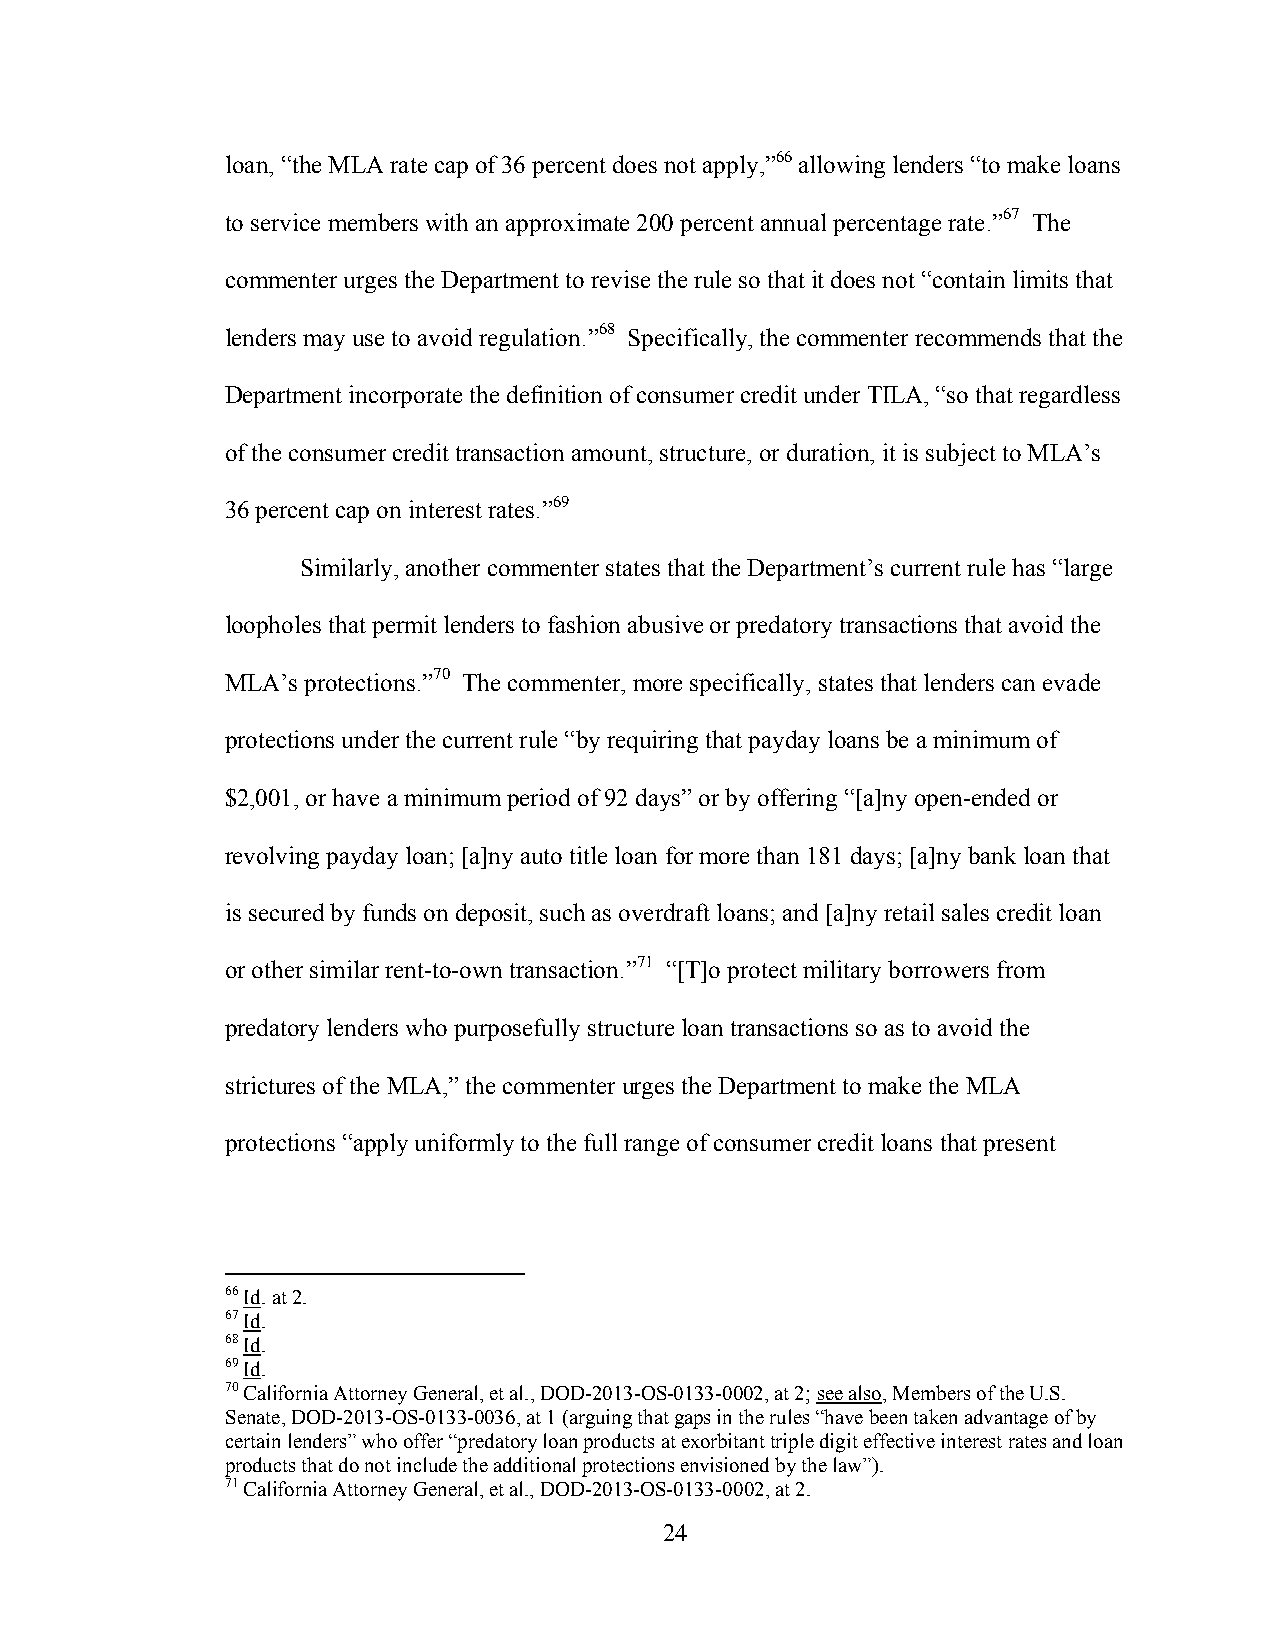
loan, “the MLA rate cap of 36 percent does not apply,”66 allowing lenders “to make loans
 to service members with an approximate 200 percent annual percentage rate.”67 The
 commenter urges the Department to revise the rule so that it does not “contain limits that
 lenders may use to avoid regulation.”68 Specifically, the commenter recommends that the
 Department incorporate the definition of consumer credit under TILA, “so that regardless
 of the consumer credit transaction amount, structure, or duration, it is subject to MLA’s
 36 percent cap on interest rates.”69
 Similarly, another commenter states that the Department’s current rule has “large
 loopholes that permit lenders to fashion abusive or predatory transactions that avoid the
 MLA’s protections.”70 The commenter, more specifically, states that lenders can evade
 protections under the current rule “by requiring that payday loans be a minimum of
 $2,001, or have a minimum period of 92 days” or by offering “[a]ny open-ended or
 revolving payday loan; [a]ny auto title loan for more than 181 days; [a]ny bank loan that
 is secured by funds on deposit, such as overdraft loans; and [a]ny retail sales credit loan
 or other similar rent-to-own transaction.”71 “[T]o protect military borrowers from
 predatory lenders who purposefully structure loan transactions so as to avoid the
 strictures of the MLA,” the commenter urges the Department to make the MLA
 protections “apply uniformly to the full range of consumer credit loans that present
 66 Id. at 2.
 67 Id.
 68 Id.
 69 Id.
 70 California Attorney General, et al., DOD-2013-OS-0133-0002, at 2; see also, Members of the U.S.
 Senate, DOD-2013-OS-0133-0036, at 1 (arguing that gaps in the rules “have been taken advantage of by
 certain lenders” who offer “predatory loan products at exorbitant triple digit effective interest rates and loan
 products that do not include the additional protections envisioned by the law”).
 71 California Attorney General, et al., DOD-2013-OS-0133-0002, at 2.
 24